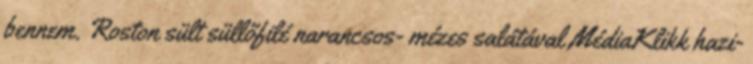
bennem. Roston sült süllőfilé narancsos- mézes salátával MédiaKlikk hazi-